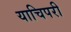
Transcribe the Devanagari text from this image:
याचिपरी